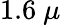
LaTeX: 1.6~\mu